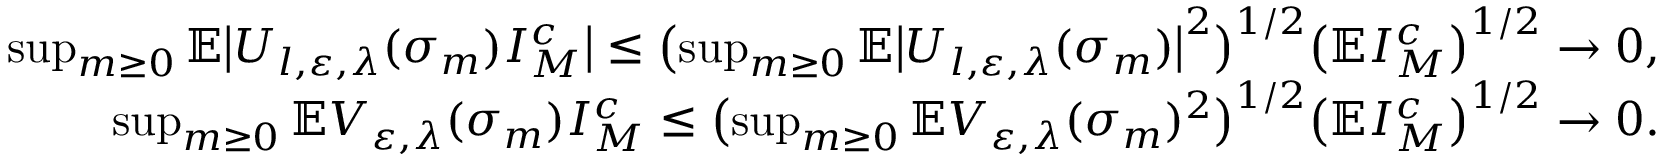
\begin{array} { r } { \operatorname* { s u p } _ { m \geq 0 } \mathbb E \bigl | U _ { l , \varepsilon , \lambda } ( \sigma _ { m } ) I _ { M } ^ { c } \bigr | \leq \bigl ( \operatorname* { s u p } _ { m \geq 0 } \mathbb E \bigl | U _ { l , \varepsilon , \lambda } ( \sigma _ { m } ) \bigr | ^ { 2 } \bigr ) ^ { 1 / 2 } \bigl ( \mathbb E I _ { M } ^ { c } \bigr ) ^ { 1 / 2 } \to 0 , } \\ { \operatorname* { s u p } _ { m \geq 0 } \mathbb E V _ { \varepsilon , \lambda } ( \sigma _ { m } ) I _ { M } ^ { c } \leq \bigl ( \operatorname* { s u p } _ { m \geq 0 } \mathbb E V _ { \varepsilon , \lambda } ( \sigma _ { m } ) ^ { 2 } \bigr ) ^ { 1 / 2 } \bigl ( \mathbb E I _ { M } ^ { c } \bigr ) ^ { 1 / 2 } \to 0 . } \end{array}